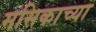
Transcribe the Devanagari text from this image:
मसिकाच्या